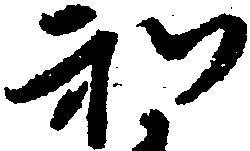
和